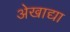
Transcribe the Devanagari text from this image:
अेखाद्या